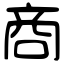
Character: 商